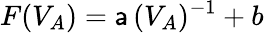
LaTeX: F(V_{A})=\mathsf{a}\, (V_{A})^{-1}+b